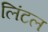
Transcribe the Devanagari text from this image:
लिंटल